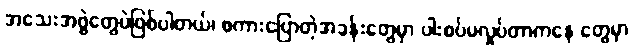
အသေးအဖွဲတွေပဲဖြစ်ပါတယ်၊ စကားပြောတဲ့အခန်းတွေမှာ ပါးစပ်မလှုပ်တာကနေ တွေမှာ